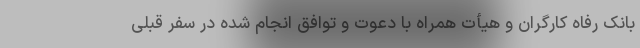
بانک رفاه کارگران و هیأت همراه با دعوت و توافق انجام شده در سفر قبلی